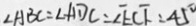
\angle A B C = \angle A D C = \angle E C F = 4 5 ^ { \circ }